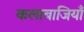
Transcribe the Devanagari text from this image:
कलाबाजियाँ